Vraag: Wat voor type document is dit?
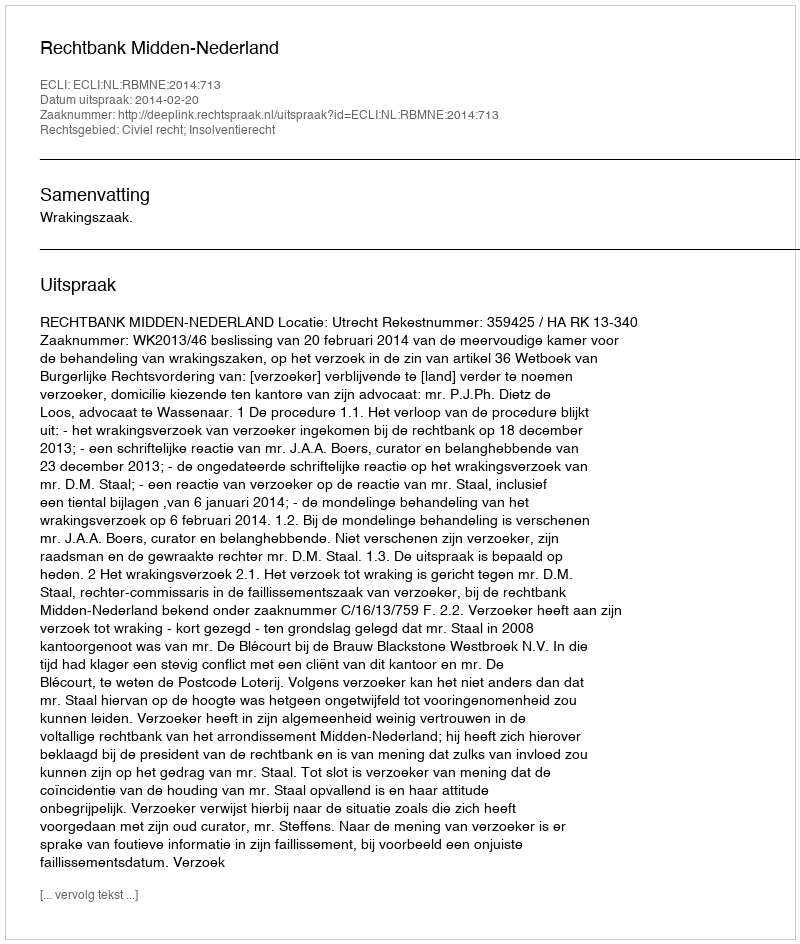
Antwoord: Uitspraak